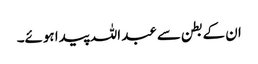
ان کے بطن سے عبد اللہ پیدا ہوئے۔